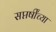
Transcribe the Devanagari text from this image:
सप्तर्षींच्या